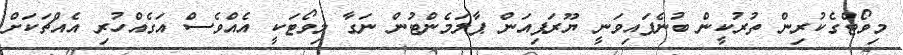
މިވޯޓްގެކުރިން ތުރުކީން ބުނެފައިވަނީ ޔޫރަޕިއަން ޕާލަމެންޓުން ނަގާ މިވޯޓަކީ އެއްވެސް އަގެއްހުރި އެއްޗަކަށް